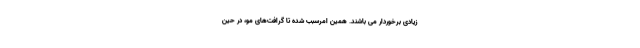
زیادی برخوردار می باشند. همین امرسبب شده تا گرافت‌های مو، در حین